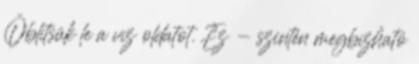
Öblítsük le a víz oldatot. Ez - szintén megbízható